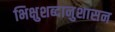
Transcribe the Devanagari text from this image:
भिक्षुशब्दानुशासन